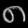
Digit: ၈